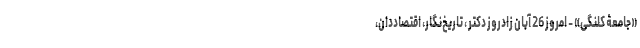
«جامعۀ کلنگی» - امروز 26 آبان زادروز دکتر ، تاریخ‌نگار، اقتصاددان،